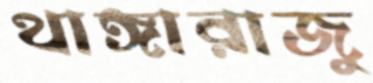
থাঙ্গারাজু